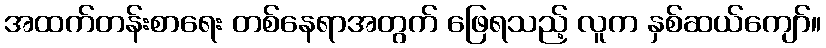
အထက်တန်းစာရေး တစ်နေရာအတွက် ဖြေရသည့် လူက နှစ်ဆယ်ကျော်။